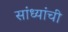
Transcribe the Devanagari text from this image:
सांध्यांची